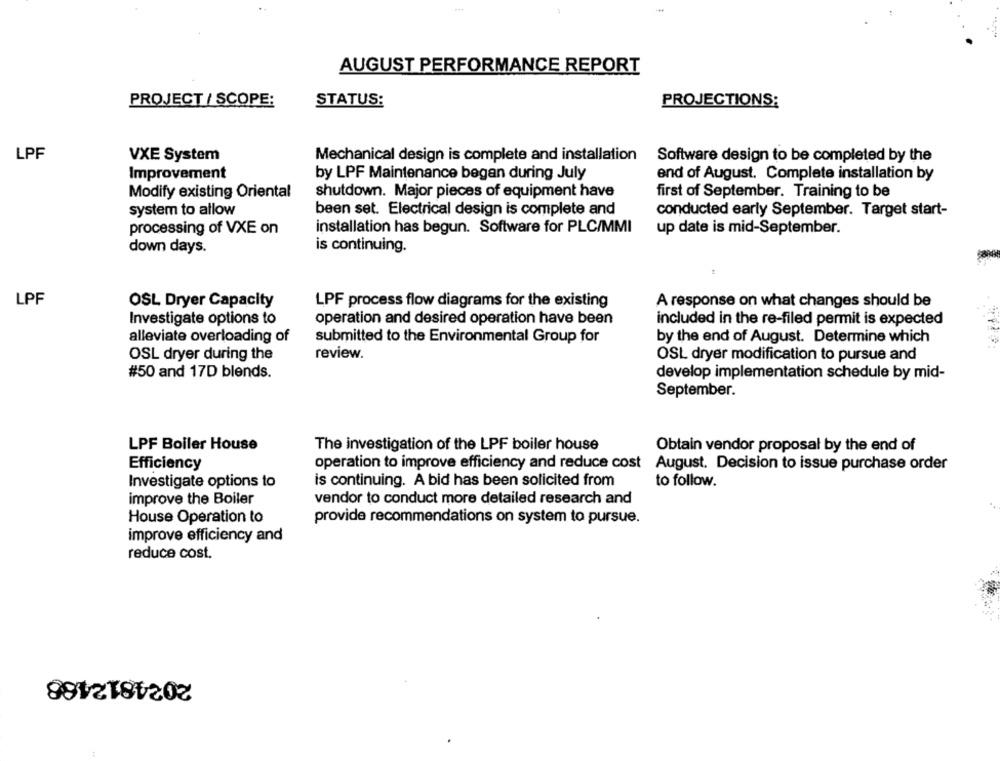
AUGUST PERFORMANCE REPORT
PROJECT / SCOPE:
STATUS:
PROJECTIONS:
LPF
VXE System
Mechanical design is complete and installation Software design to be completed by the
Improvement
by LPF Maintenance began during July
end of August. Complete installation by
Modify existing Oriental
shutdown. Major pieces of equipment have
first of September. Training to be
system to allow
been set. Electrical design is complete and
conducted early September. Target start-
installation has begun. Software for PLC/MMI
processing of VXE on
up date is mid-September.
down days.
is continuing.
LPF
OSL Dryer Capacity
LPF process flow diagrams for the existing
A response on what changes should be
Investigate options to
operation and desired operation have been
included in the re-filed permit is expected
alleviate overloading of
submitted to the Environmental Group for
by the end of August. Determine which
OSL dryer during the
review.
OSL dryer modification to pursue and
#50 and 17D blends.
develop implementation schedule by mid-
September.
LPF Boiler House
The investigation of the LPF boiler house
Obtain vendor proposal by the end of
Efficiency
operation to improve efficiency and reduce cost
August. Decision to issue purchase order
Investigate options to
is continuing. A bid has been solicited from
to follow.
improve the Boiler
vendor to conduct more detailed research and
House Operation to
provide recommendations on system to pursue.
improve efficiency and
reduce cost.
2024812468